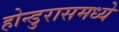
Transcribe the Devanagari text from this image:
होन्डुरासमध्ये